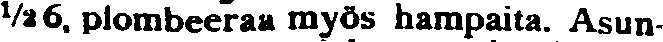
½6, plombeeraa myös hampaita. Asun-